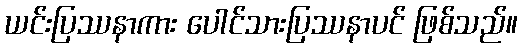
ယင်းပြဿနာကား ပေါင်သားပြဿနာပင် ဖြစ်သည်။